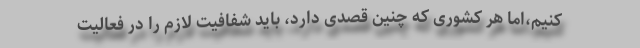
کنیم،اما هر کشوری که چنین قصدی دارد، باید شفافیت لازم را در فعالیت